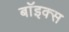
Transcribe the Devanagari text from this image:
बाॅइक्स